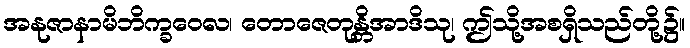
အနုဇာနာမိဘိက္ခဝေလ၊ တောဇေတုန္တိအာဒိသု၊ ဤသို့အစရှိသည်တို့၌။